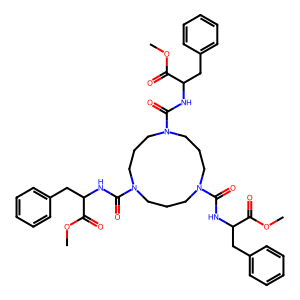
SMILES: COC(=O)C(Cc1ccccc1)NC(=O)N1CCCN(C(=O)NC(Cc2ccccc2)C(=O)OC)CCCN(C(=O)NC(Cc2ccccc2)C(=O)OC)CCC1
Inhibits HIV replication: No